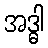
အဒ္ဓါ